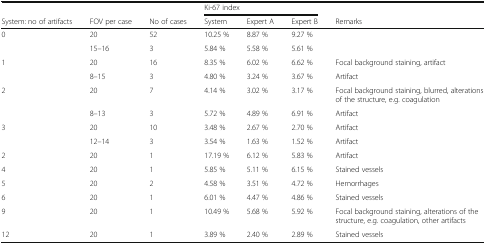
<table><thead><tr><td></td><td></td><td></td><td colspan="3"><b>Ki-67 index</b></td><td></td></tr><tr><td><b>System: no of artifacts</b></td><td><b>FOV per case</b></td><td><b>No of cases</b></td><td><b>System</b></td><td><b>Expert A</b></td><td><b>Expert B</b></td><td><b>Remarks</b></td></tr></thead><tbody><tr><td rowspan="2">0</td><td>20</td><td>52</td><td>10.25 %</td><td>8.87 %</td><td>9.27 %</td><td></td></tr><tr><td>15–16</td><td>3</td><td>5.84 %</td><td>5.58 %</td><td>5.61 %</td><td></td></tr><tr><td rowspan="2">1</td><td>20</td><td>16</td><td>8.35 %</td><td>6.02 %</td><td>6.62 %</td><td>Focal background staining, artifact</td></tr><tr><td>8–15</td><td>3</td><td>4.80 %</td><td>3.24 %</td><td>3.67 %</td><td>Artifact</td></tr><tr><td rowspan="2">2</td><td>20</td><td>7</td><td>4.14 %</td><td>3.02 %</td><td>3.17 %</td><td>Focal background staining, blurred, alterations of the structure, e.g. coagulation</td></tr><tr><td>8–13</td><td>3</td><td>5.72 %</td><td>4.89 %</td><td>6.91 %</td><td>Artifact</td></tr><tr><td rowspan="2">3</td><td>20</td><td>10</td><td>3.48 %</td><td>2.67 %</td><td>2.70 %</td><td>Artifact</td></tr><tr><td>12–14</td><td>3</td><td>3.54 %</td><td>1.63 %</td><td>1.52 %</td><td>Artifact</td></tr><tr><td>2</td><td>20</td><td>1</td><td>17.19 %</td><td>6.12 %</td><td>5.83 %</td><td>Artifact</td></tr><tr><td>4</td><td>20</td><td>1</td><td>5.85 %</td><td>5.11 %</td><td>6.15 %</td><td>Stained vessels</td></tr><tr><td>5</td><td>20</td><td>2</td><td>4.58 %</td><td>3.51 %</td><td>4.72 %</td><td>Hemorrhages</td></tr><tr><td>6</td><td>20</td><td>1</td><td>6.01 %</td><td>4.47 %</td><td>4.86 %</td><td>Stained vessels</td></tr><tr><td>9</td><td>20</td><td>1</td><td>10.49 %</td><td>5.68 %</td><td>5.92 %</td><td>Focal background staining, alterations of the structure, e.g. coagulation, other artifacts</td></tr><tr><td>12</td><td>20</td><td>1</td><td>3.89 %</td><td>2.40 %</td><td>2.89 %</td><td>Stained vessels</td></tr></tbody></table>